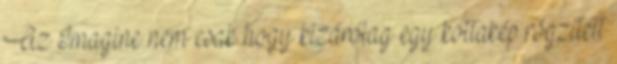
Az Imagine nem csak hogy kizárólag egy kottakép rögzített